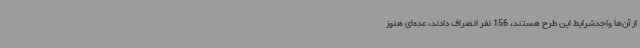
از آن‌ها واجدشرایط این طرح هستند، 156 نفر انصراف دادند، عده‌ای هنوز